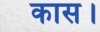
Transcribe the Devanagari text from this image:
कास।